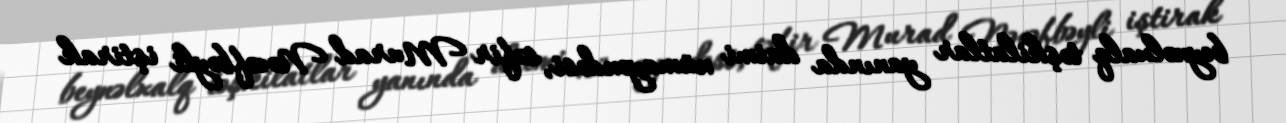
beynəlxalq təşkilatlar yanında daimi nümayəndəsi, səfir Murad Nəcəfbəyli iştirak